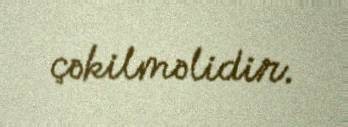
çəkilməlidir.